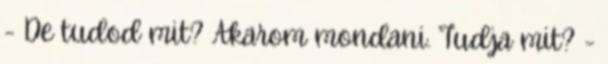
- De tudod mit? Akarom mondani. Tudja mit? -